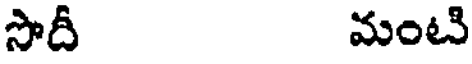
సొదీ మంటి